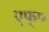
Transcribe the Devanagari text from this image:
एफ्०